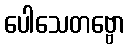
ပေါသေတဗ္ဗော